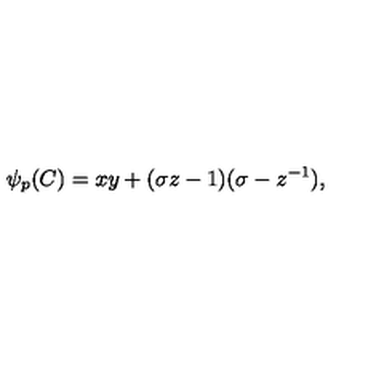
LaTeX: \psi _ { p } ( C ) = x y + ( \sigma z - 1 ) ( \sigma - z ^ { - 1 } ) ,